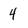
Character: 4